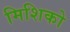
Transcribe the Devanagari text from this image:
मिशिको